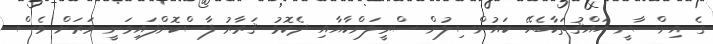
ގެ އިންސާނީ ޙައްޤުތަކާބެހޭ ކައުންސިލުން ސްރީލަންކާއާއި ދެކޮޅު ޤަރާރު ފާސްކޮށްފައިވަނީ ވަރަށް ވެސް